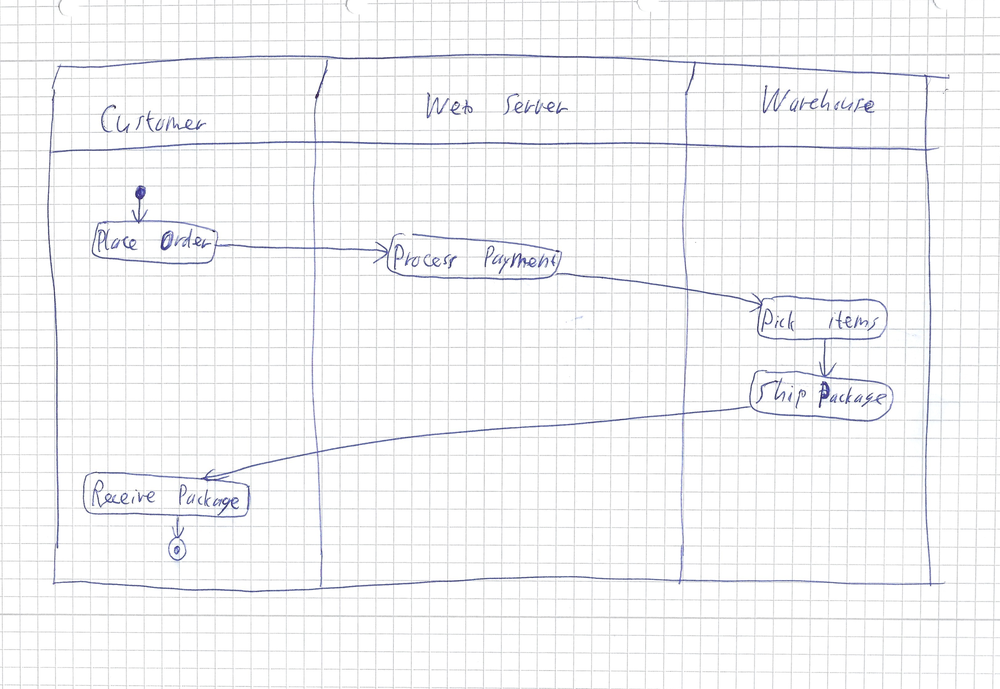
Diagram type: activity_diagram
```plantuml
@startuml

|Customer|
start
:Place Order;
|Web Server|
:Process Payment;
|Warehouse|
:Pick Items;
:Ship Package;
|Customer|
:Receive Package;
stop

@enduml
```